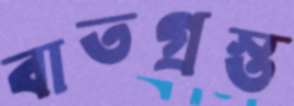
বাতগ্রস্ত